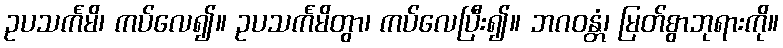
ဥပသင်္ကမိ၊ ကပ်လေ၍။ ဥပသင်္ကမိတွာ၊ ကပ်လေပြီး၍။ ဘဂဝန္တံ၊ မြတ်စွာဘုရားကို။